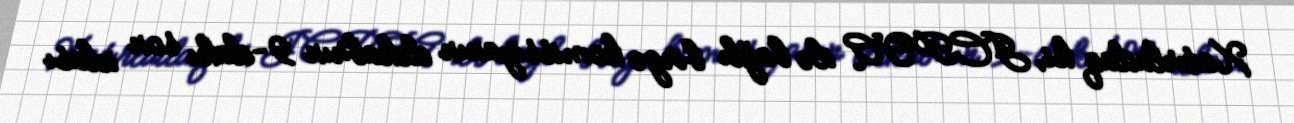
Xatırladaq ki, JCPOA ilə bağlı birgə komissiyanın dekabrın 9-dakı son iclası